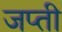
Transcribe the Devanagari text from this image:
जप्‍ती